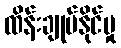
ထိန်းချုပ်နိုင်မှု